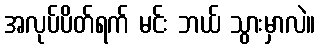
အလုပ်ပိတ်ရက် မင်း ဘယ် သွားမှာလဲ။